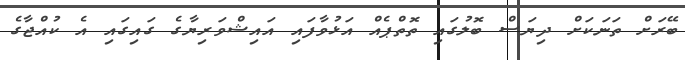
ބޭރަށް ތަނަކަށް ދިޔަސް ބޮލުގައި ތޮތްޕެއް އަޅުވާފައި އައިޝްވަރިޔާގެ ގައިގައި އެ ކުއްޖާގެ